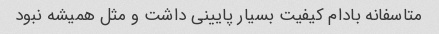
متاسفانه بادام کیفیت بسیار پایینی داشت و مثل همیشه نبود